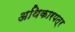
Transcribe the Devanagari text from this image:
अथिकारपत्र